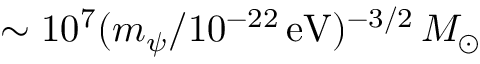
\sim 1 0 ^ { 7 } ( m _ { \psi } / 1 0 ^ { - 2 2 } \mathrm { \, e V } ) ^ { - 3 / 2 } \, M _ { \odot }